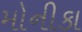
મોનીકા